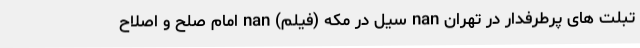
تبلت های پرطرفدار در تهران nan سیل در مکه (فیلم) nan امامِ صلح و اصلاح